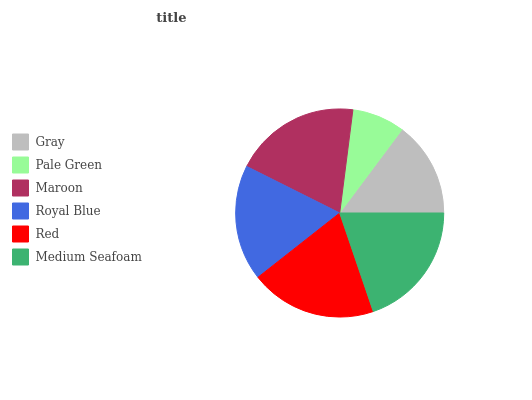
| Gray | Pale Green | Maroon | Royal Blue | Red | Medium Seafoam |
 | --- | --- | --- | --- | --- | --- |
 | 14.8% | 8.19% | 19.6% | 18% | 19.6% | 19.8% |